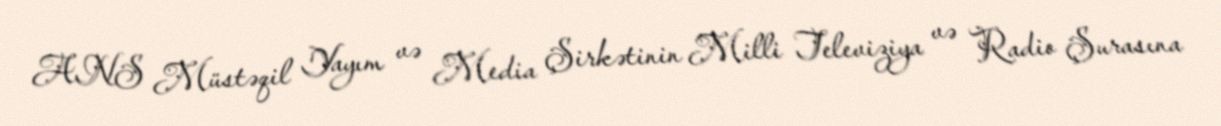
ANS Müstəqil Yayım və Media Şirkətinin Milli Televiziya və Radio Şurasına